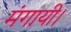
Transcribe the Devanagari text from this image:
मंगायी।